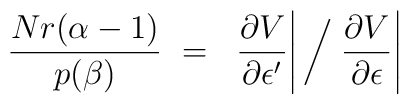
\frac{Nr(\alpha-1)}{p(\beta)} ~=~ \left. \frac{\partial V}{\partial\epsilon^\prime}\right| \bigg/ \left. \frac{\partial V}{\partial \epsilon}\right|